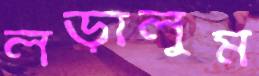
লড়ালুম